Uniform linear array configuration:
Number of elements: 24
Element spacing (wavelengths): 0.5
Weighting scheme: hamming
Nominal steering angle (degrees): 60
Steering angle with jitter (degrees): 61.929
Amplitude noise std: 0.05
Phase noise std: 0.05

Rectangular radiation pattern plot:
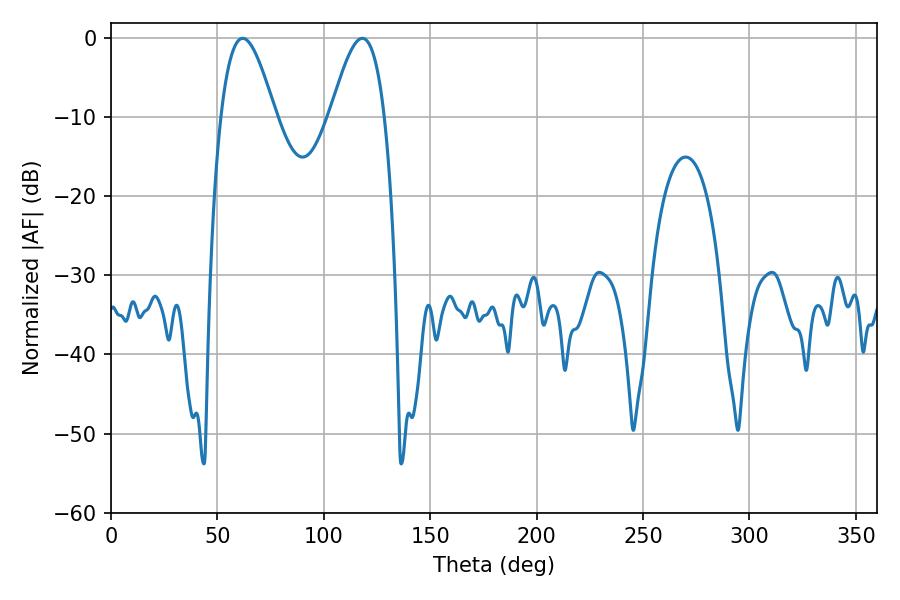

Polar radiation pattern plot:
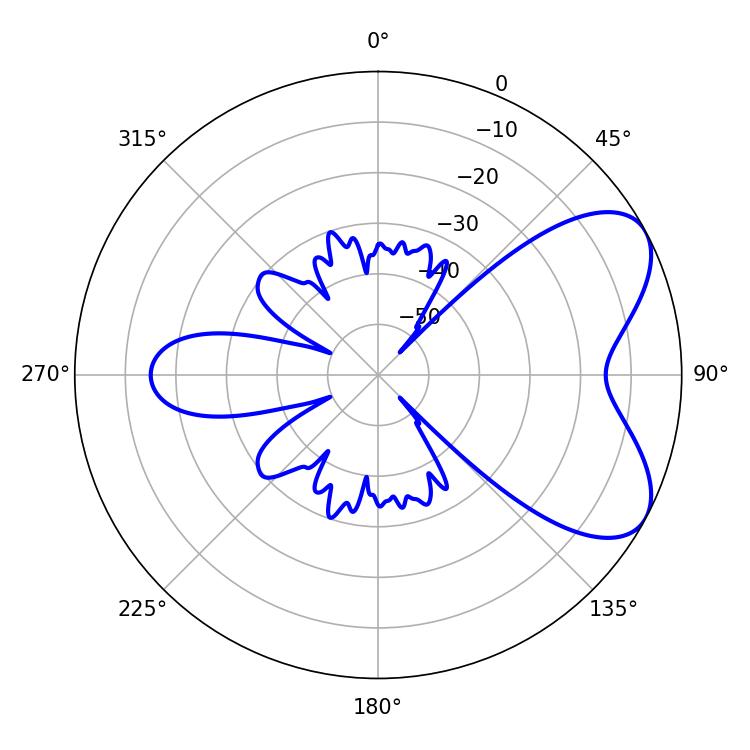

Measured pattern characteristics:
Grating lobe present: FALSE
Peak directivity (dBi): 6.286
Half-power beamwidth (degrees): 13.86
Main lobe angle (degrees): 61.92